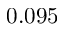
0 . 0 9 5